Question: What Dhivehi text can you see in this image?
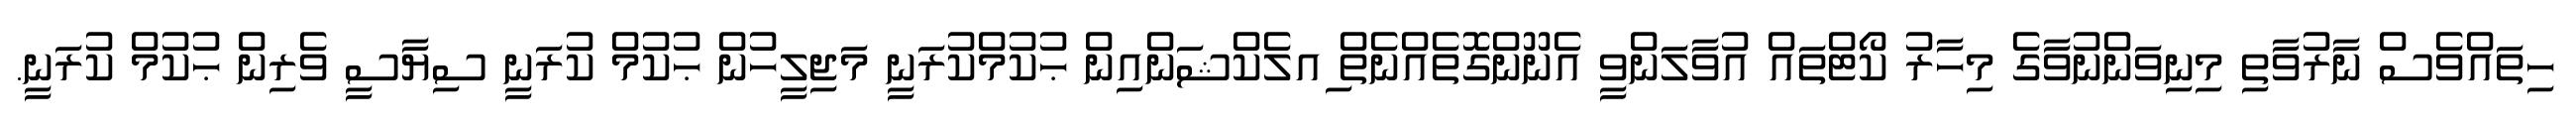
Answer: ހިތައްވެސް ނާރުވާތި މިނިވަންނުވާގެ މިހާރު ކޯޓްތައް އުވާލަންވީ އެނޫންގޮތެއްނެތް ިއލެކްޝަންއިން ޙުކުމްކުރަނީ މަޖިލީހުން ޙުކުމް ކުރަނީ ސިޔާސީ ވެރިން ޙުކުމް ކުރަނީ.